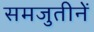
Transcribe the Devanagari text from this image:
समजुतीनें